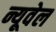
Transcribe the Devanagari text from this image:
न्यूवेल